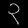
Digit: ၃